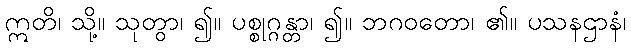
ဣတိ၊ သို့။ သုတွာ၊ ၍။ ပစ္စုဂ္ဂန္တာ၊ ၍။ ဘဂဝတော၊ ၏။ ပသနဌာနံ၊